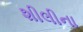
શીલીના